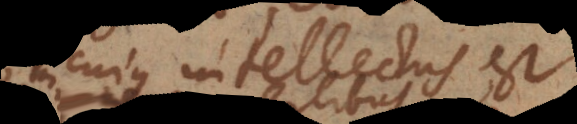
cujus intellectus est